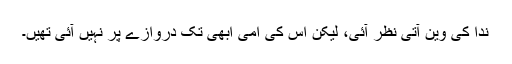
ندا کی وین آتی نظر آئی، لیکن اس کی امی ابھی تک دروازے پر نہیں آئی تھیں۔